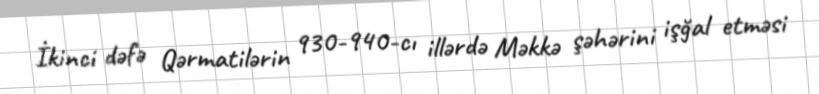
İkinci dəfə Qərmatilərin 930-940-cı illərdə Məkkə şəhərini işğal etməsi